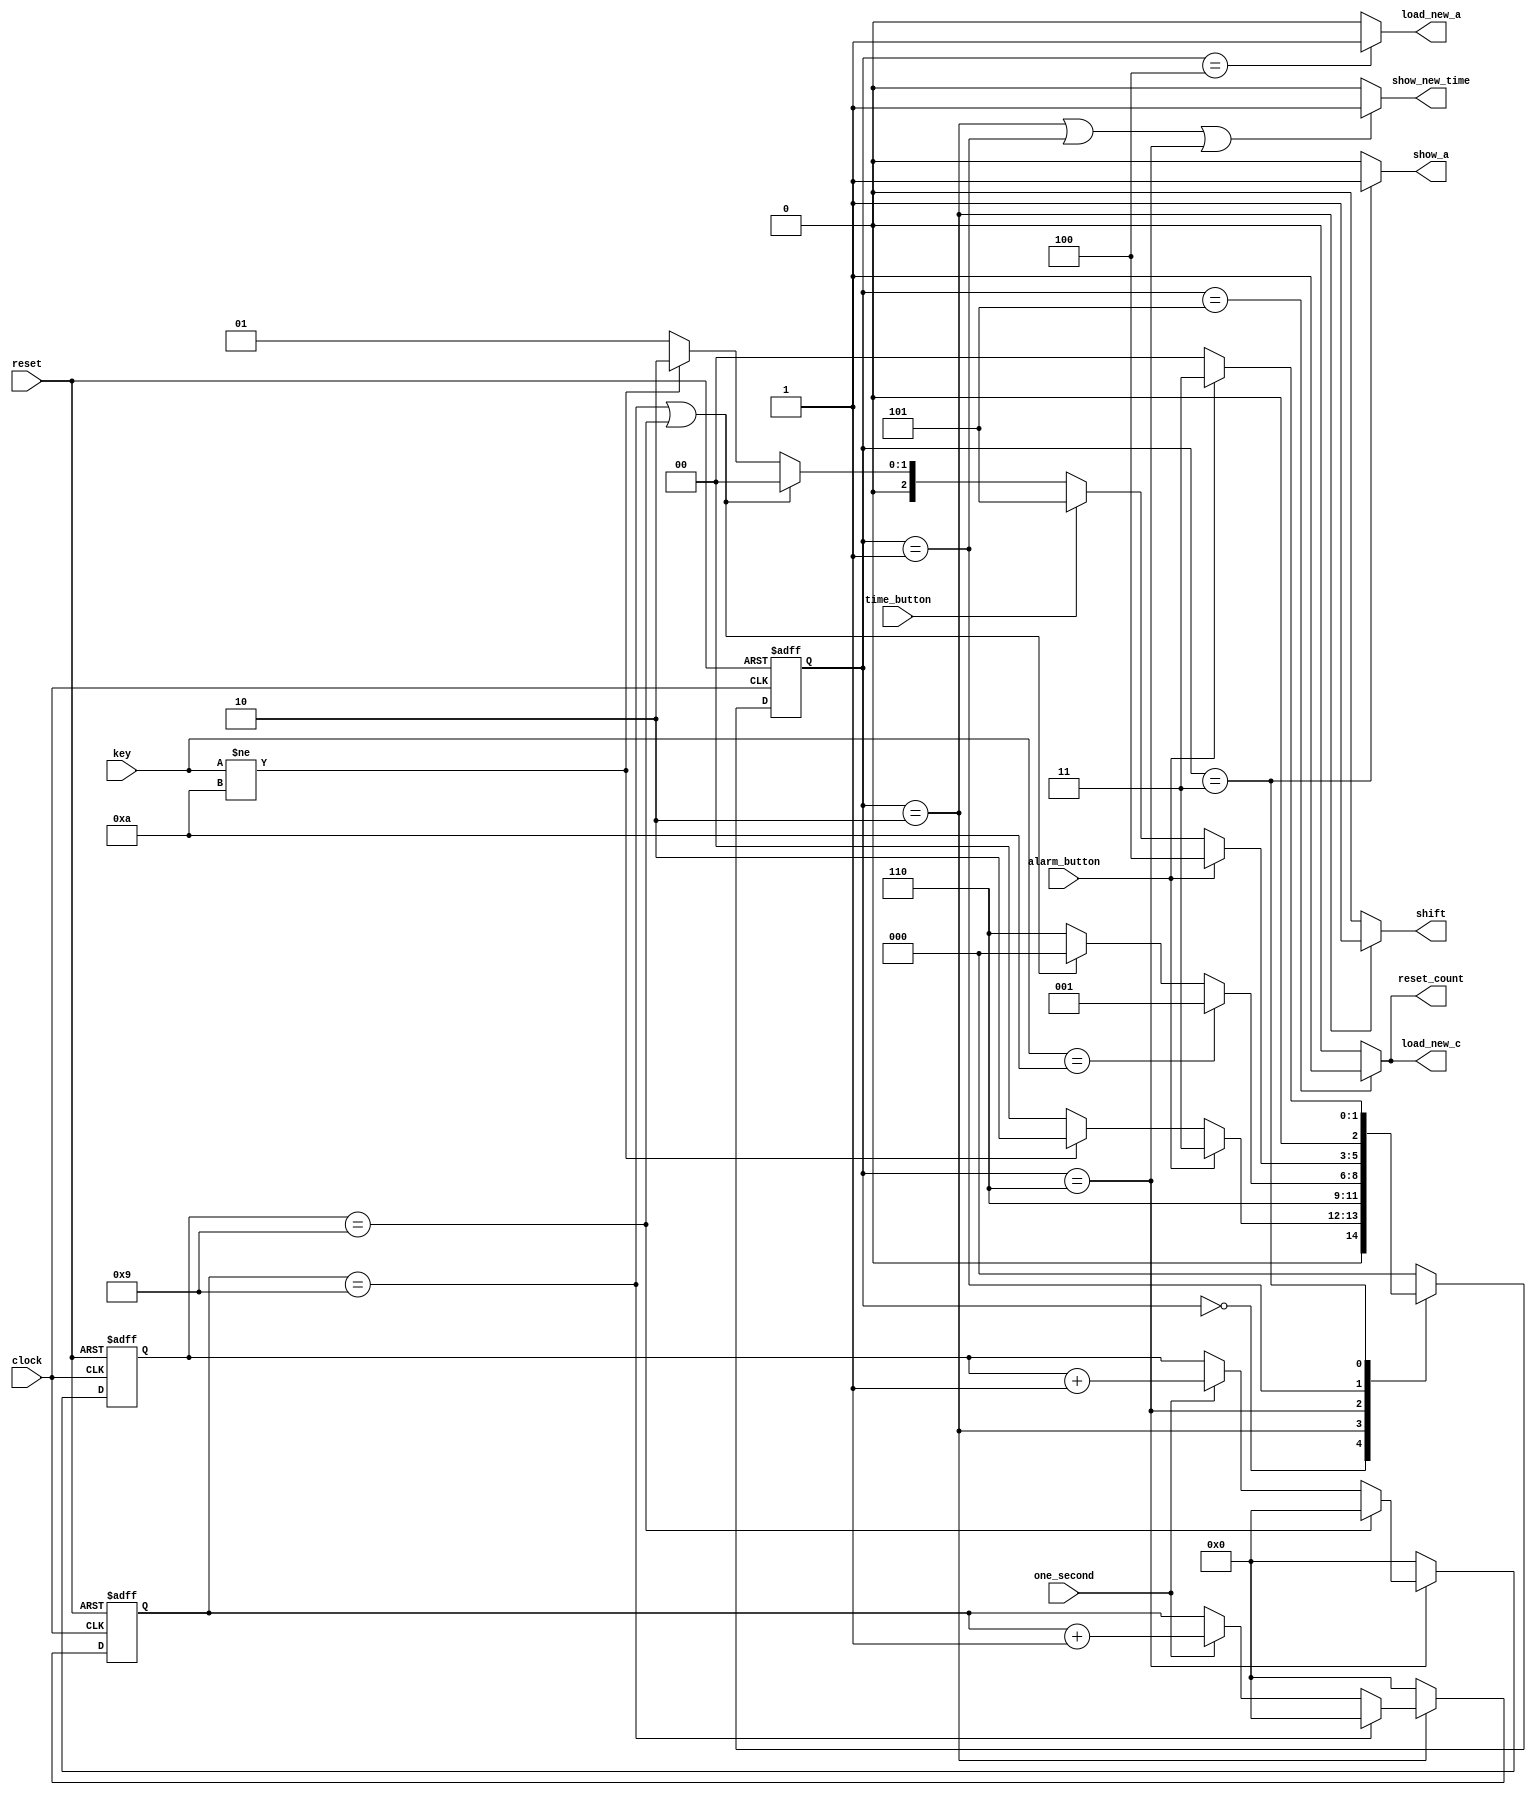
module alarm_controller_fsm (one_second,
                             clock,
                             reset,
                             alarm_button,
                             time_button,
                             key,
                             load_new_c,
                             show_new_time,
                             show_a,
                             load_new_a,
                             reset_count,
                             shift);
    
    input one_second, clock, reset, alarm_button, time_button;
    input [3:0]key;
    output load_new_c, load_new_a, show_new_time, show_a, reset_count,shift;

    reg [2:0]present_state, next_state;
    wire time_out;
    reg [3:0]count1, count2; // The count variables to count the values in KEY_STORED and KEY_WAITED state.

    //The different states
    parameter SHOW_TIME         = 3'b000;
    parameter KEY_ENTRY         = 3'b001;
    parameter KEY_STORED        = 3'b010; 
    parameter SHOW_ALARM        = 3'b011;
    parameter SET_ALARM_TIME    = 3'b100;
    parameter SET_CURRENT_TIME  = 3'b101;
    parameter KEY_WAITED        = 3'b110;
    parameter NOT_PRESSED    = 10;

    //configuring the Counters count1 and count2.
    always @(posedge clock or posedge reset)
        begin
            if (reset)
                count1 <= 4'd0;
            else if (!(present_state == KEY_STORED)) 
                count1 <= 4'd0;
            else if (count1 == 4'd9)
                count1 <= 4'd0;
            else if (one_second)
                count1 = count1 + 1'b1;
        end
    
    always @(posedge clock or posedge reset)
    begin
        if (reset)
            count2 <= 4'd0;
        else if (!(present_state == KEY_WAITED)) 
            count2 <= 4'd0;
        else if (count2 == 4'd9)
            count2 <= 4'd0;
        else if (one_second)
            count2 = count2 + 1'b1;
    end

    //The time_out logic .. The time_out is active low signal.
    assign time_out = ((count1 == 9)||(count2 == 9)) ? 0 : 1;

    //The sequential part of the FSM.
    always @(posedge clock or posedge reset)
        begin
            if (reset)
                present_state <=  SHOW_TIME;
            else 
                present_state <= next_state;
        end
    
    //The next state logic
    always @(present_state or alarm_button or key or time_out or time_button)
        begin
            case (present_state)
                SHOW_TIME : 
                    begin
                        if (alarm_button)
                            next_state = SHOW_ALARM;
                        else if (key != NOT_PRESSED)
                            next_state = KEY_STORED;
                        else
                            next_state = SHOW_TIME;
                    end
                KEY_STORED : next_state = KEY_WAITED;
                KEY_WAITED:
                    begin
                        if (key == NOT_PRESSED)
                            next_state = KEY_ENTRY;
                        else if (time_out == 0)
                            next_state = SHOW_TIME;
                        else 
                            next_state = KEY_WAITED; 
                    end
                KEY_ENTRY:
                    begin
                        if (alarm_button)
                            next_state = SET_ALARM_TIME;
                        else if (time_button)
                            next_state = SET_CURRENT_TIME;
                        else if (time_out == 0)
                            next_state = SHOW_TIME;
                        else if (key != NOT_PRESSED)
                            next_state = KEY_STORED;
                        else 
                            next_state = KEY_ENTRY;
                    end
                SET_ALARM_TIME: next_state = SHOW_TIME;
                SET_CURRENT_TIME: next_state = SHOW_TIME;
                SHOW_ALARM:
                    begin
                        if (!alarm_button)
                            next_state = SHOW_TIME;
                        else
                            next_state = SHOW_ALARM; 
                    end
                default: next_state = SHOW_TIME;
            endcase
        end
    
        //The output logics
        //show_new_time causes the display driver to display the time while it is being set
        assign show_new_time = ((present_state == KEY_STORED)|| 
                                ( present_state == KEY_ENTRY)||
                                (present_state == KEY_WAITED)) ? 1 : 0;
        // It will cause the display to show the alarm screen
        assign show_a = (present_state == SHOW_ALARM) ? 1 : 0;
        // It will instruct the alarm register to load the value of the new alarm time
        assign load_new_a = (present_state == SET_ALARM_TIME) ? 1 : 0;
        // It will instruct the counter register that the alarm has been set and that the counter value has to be reset
        assign load_new_c = (present_state == SET_CURRENT_TIME) ? 1 : 0;
        // It will the timing generator the time has been set 
        assign reset_count = (present_state == SET_CURRENT_TIME) ? 1 : 0;
        // It will instruct the key register to shift a value to the left.
        assign shift = (present_state == KEY_STORED) ? 1 : 0; 

    
endmodule